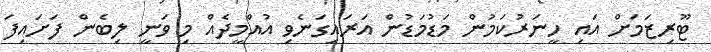
ޓޫރިޒަމަށް އައި ހީނަރުކަމުން މަޑުމަޑުން އަރައިގަނެވި އުއްމީދެއް މި ވަނީ ލިބެން ފަށައިފަ